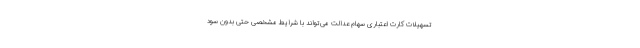
تسهیلات کارت اعتباری سهام عدالت می‌تواند با شرایط مشخصی حتی بدون سود